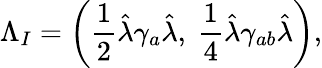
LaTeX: \Lambda_{I}=\left({\frac{1}{2}}\hat{\lambda}\gamma_{a}\hat{\lambda},~{\frac{1}{4}}\hat{\lambda}\gamma_{ab}\hat{\lambda}\right),